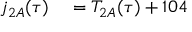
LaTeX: \begin{array} { r l } { j _ { 2 A } ( \tau ) } & { { } = T _ { 2 A } ( \tau ) + 1 0 4 } \end{array}